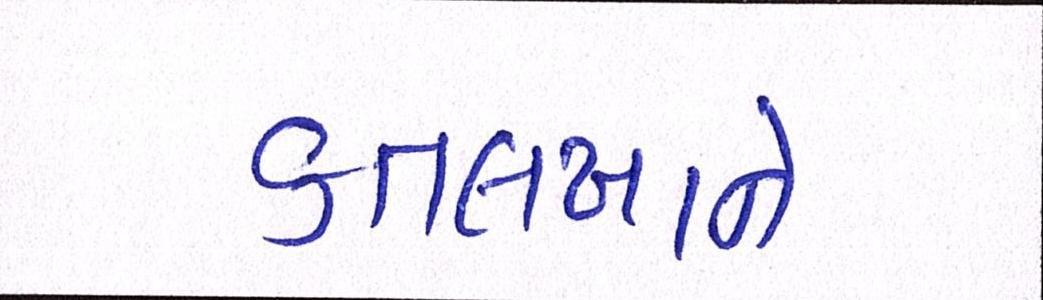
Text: કતલખાને